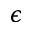
\epsilon